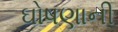
ઘોષણાની